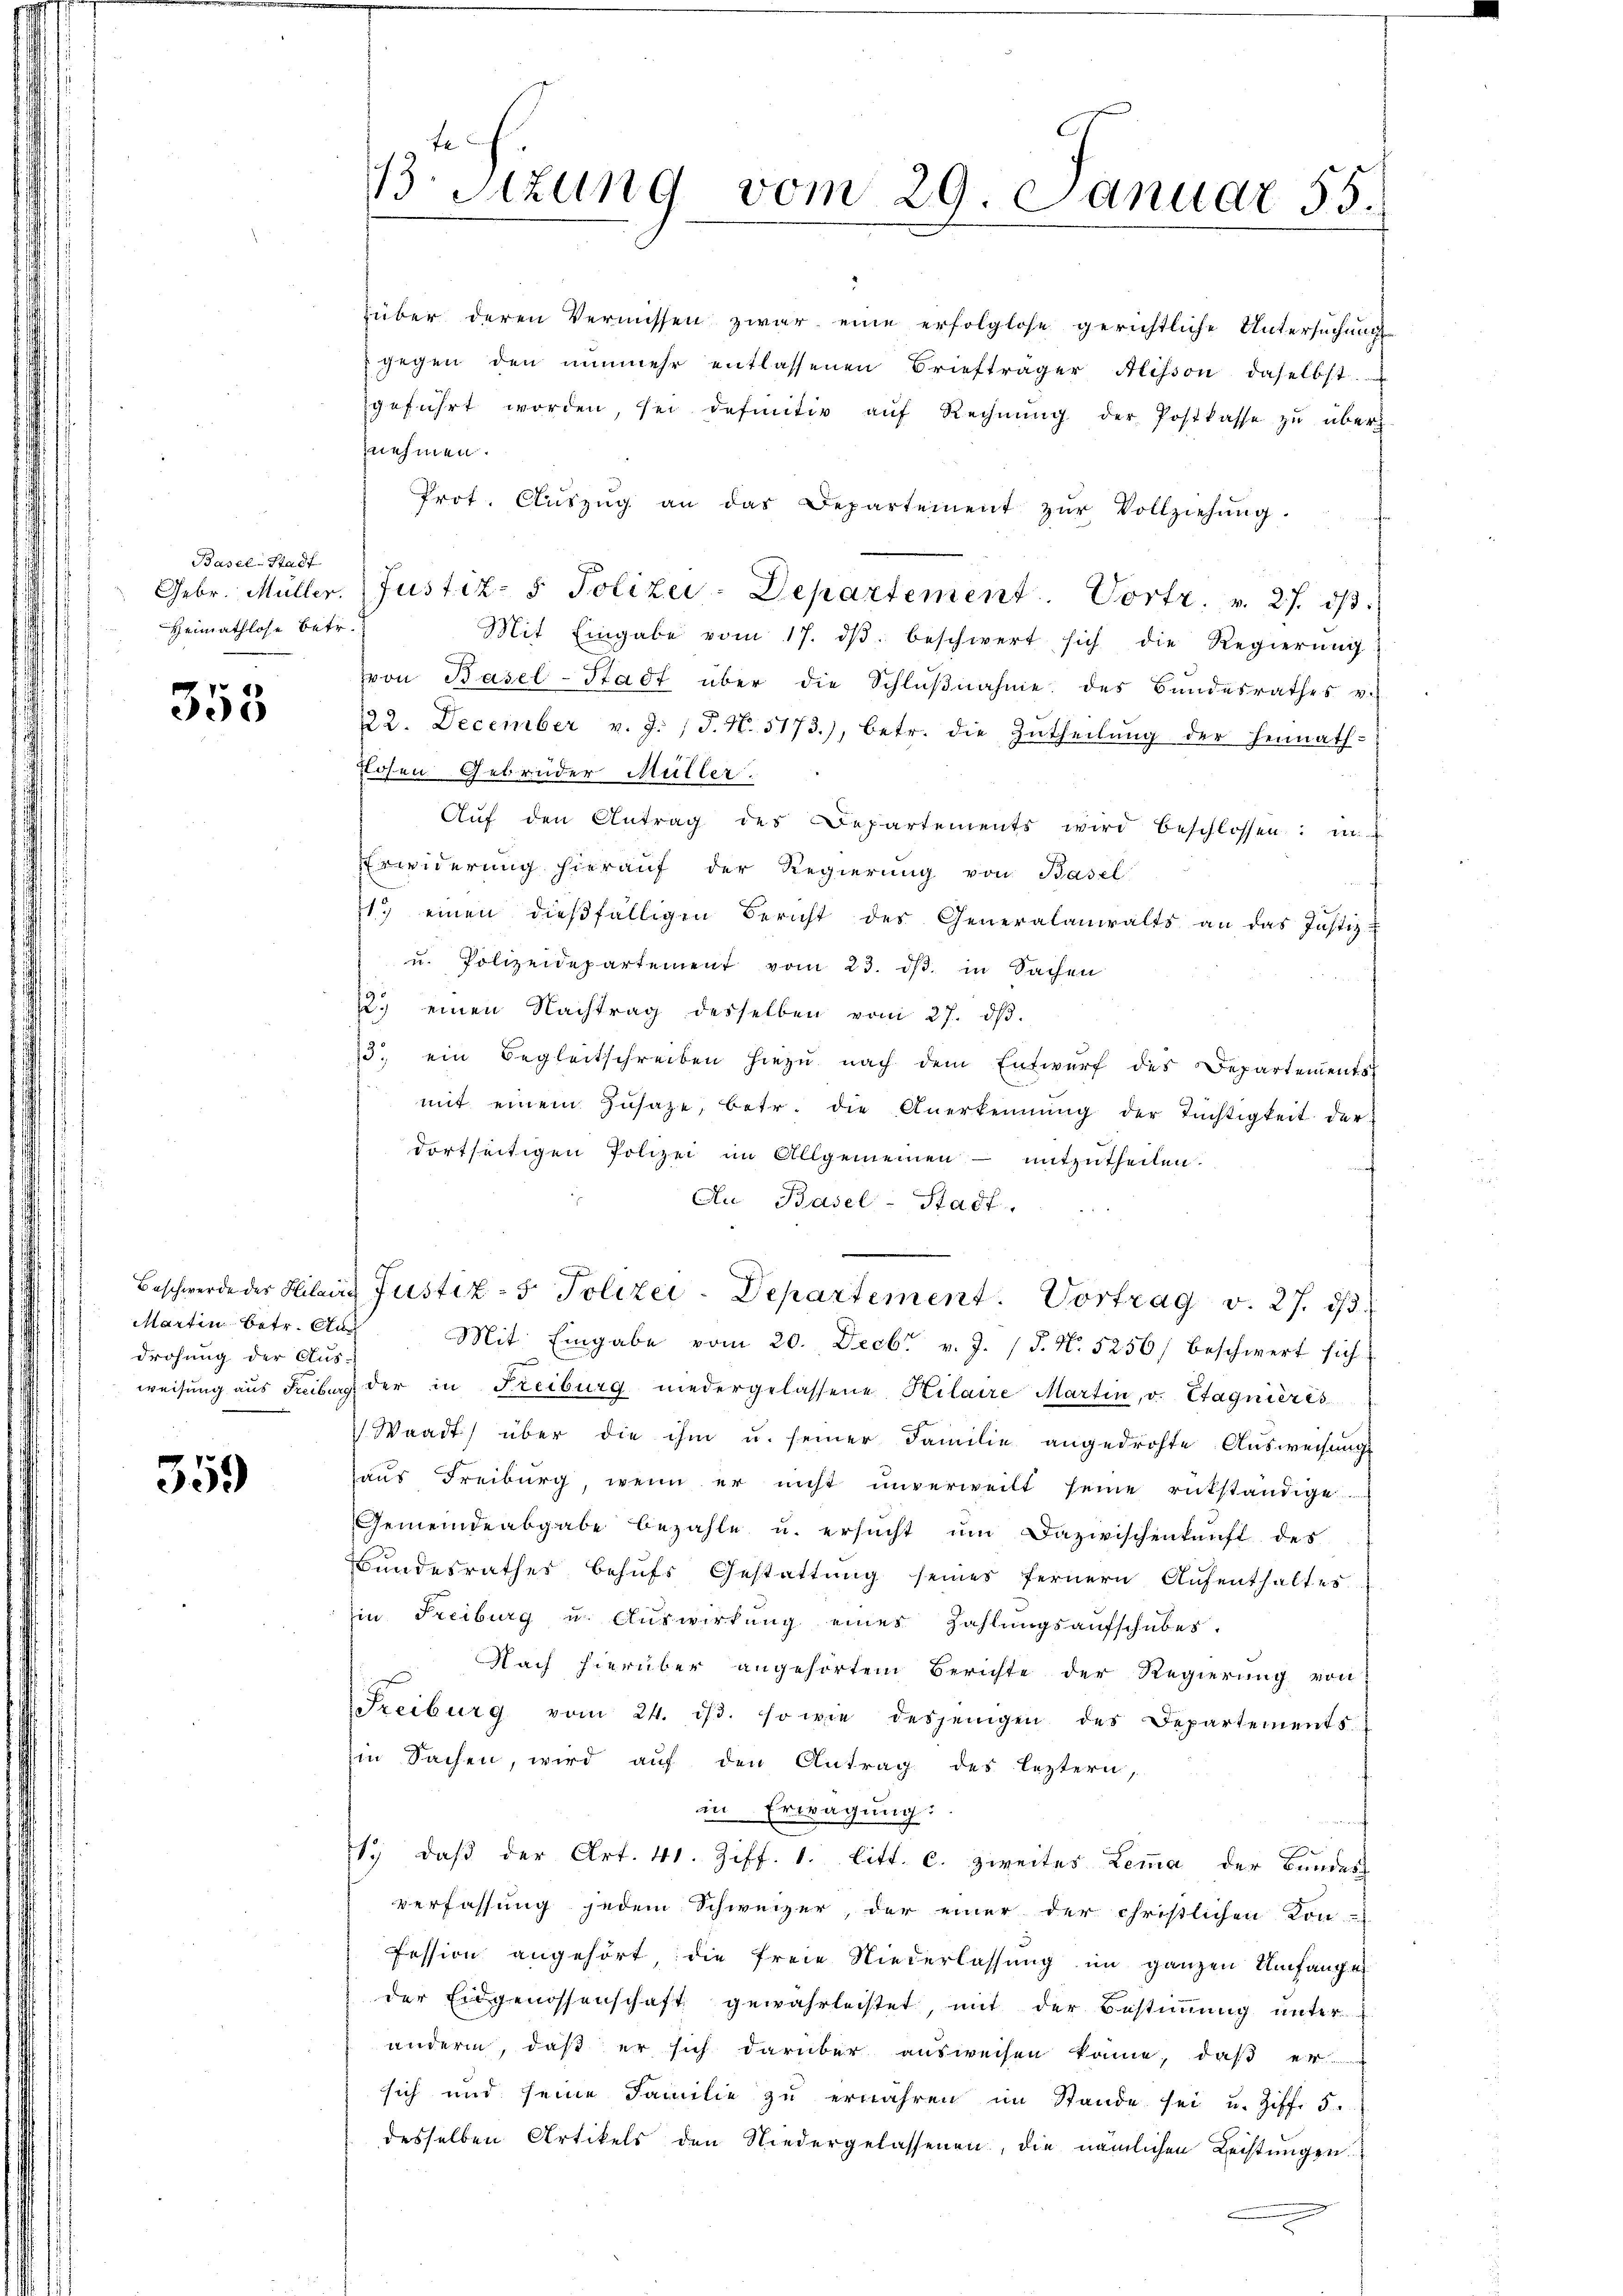
Basel-Stadt
Heimathlose betr.

53

drohung der Aus-

359

13. Sizung vom 29. Januar 55.

über deren Vermissen zwar eine erfolglose gerichtliche Untersuchung
 gegen den nŭnmehr entlassenen Briefträger Alisson, daselbst
geführt worden, sei definitiv aŭf Rechnŭng der Postkasse zŭ über
nehmen.
Prot. Aŭszŭg an das Departement zŭr Vollziehŭng.
Febr. Müller. Justiz- & Polizei-Departement. Vortr. v. 27. dβ.
Mit Eingabe vom 17. dβ beschwert sich die Regierŭng
von Basel-Stadt über die Schlußnahme des Bundesrathes v.
22. December v. J. J. N. 5173), betr. die Zutheilung der Heimath-
Losen Gebrüder Müller.
Auf den Antrag des Departements wird beschlossen: in
Erwiderung hierauf der Regierung von Basel
1.) einen dießfälligen Bericht des Generalanwalts an das Justiz-
u. Polizeidepartement vom 23. dβ in Sachen
2.) einen Nachtrag desselben vom 27. dβ.
3. ein Begleitschreiben hiezŭ nach dem Entwurf des Departements
mit einem Zŭsaze, betr. die Anerkennung der Tüchtigkeit der
dortseitigen Polizei im Allgemeinen mitzutheilen.
Au Basel-Stadt.
Beschwerde des Hilair Justiz- & Polizei-Departement. Vortrag v. 27. dβ
Martin betr. Aus Mit Eingabe vom 20. Decbr v. J. J. N. 5256, beschwert sich
weisung aus Freiburg der in Freiburg niedergelassene Hilaire Martin, v. Etagnières
Waadt) über die ihm u. seiner Familie angedrohte Ausweisungs
aus Freiburg, wenn er nicht unverweilt seine rükständige
Gemeindeabgabe bezahle u. ersucht um Dazwischenkunft des
Bundesrathes behufs Gestattung seines fernern Aufenthaltes
in Freiburg u. Auswirkung eines Zahlungsaufschubes.
Nach hierüber angehörtem Berichte der Regierung von
Freiburg vom 24. dβ. so wie desjenigen des Departements-
in Sachen, wird auf den Antrag des leztern,
in Erwägung:
S. daβ der Art. 41. Ziff. 1. litt. c. zweites Lemma der Bundes
verfassung jedem Schweizer, der einer der christlichen Kon-
fession angehört, die freie Niederlassung im ganzen Umfangen
der Eidgenossenschaft gewahrleistet, mit der Bestimmung unter
anderm, daß er sich darüber ausweisen könne, daß er
sich und seine Familie zu erwähren im Stande sei u. Ziff. 5.
desselben Artikels den Niedergelassenen, die nämlichen Leistŭngen